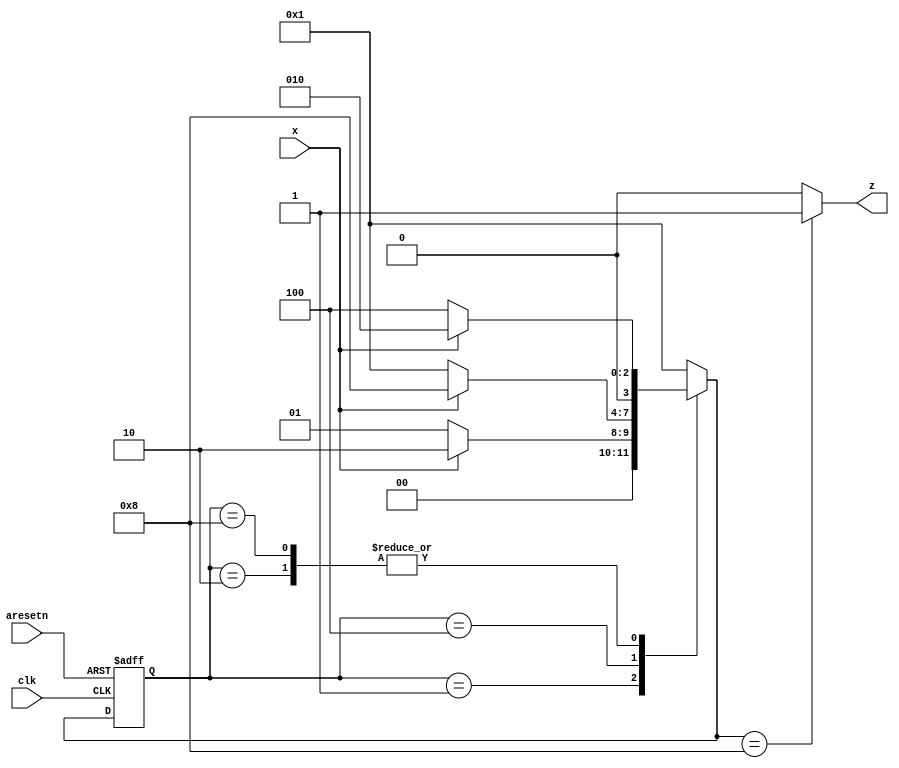
module top_module (
    input clk,
    input aresetn,    // Asynchronous active-low reset
    input x,
    output z ); 
reg [3:0] nstate;
reg [3:0] cstate;


parameter IDLE = 4'b0001;
parameter s1 = 4'b0010;
parameter s2 = 4'b0100;
parameter s3 = 4'b1000;

always @(posedge clk or negedge aresetn)begin
    if(~aresetn)begin
        cstate <= IDLE;
    end
    else begin
        cstate <= nstate;
    end
end

always @(*)begin
    nstate = IDLE;
    case (cstate)
        IDLE:nstate = x ? s1 : IDLE;
        s1: nstate = x ? s1 : s2;
        s2: nstate = x ? s3 : IDLE;
        s3: nstate = x ? s1 : s2;
        default: nstate = IDLE;
    endcase
end


assign z = nstate == s3 ? 1'b1 : 1'b0;
endmodule